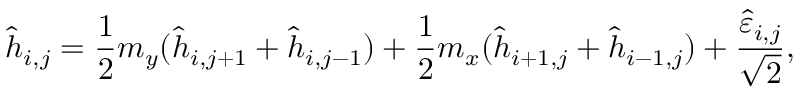
\hat { h } _ { i , j } = \frac { 1 } { 2 } m _ { y } ( \hat { h } _ { i , j + 1 } + \hat { h } _ { i , j - 1 } ) + \frac { 1 } { 2 } m _ { x } ( \hat { h } _ { i + 1 , j } + \hat { h } _ { i - 1 , j } ) + \frac { \hat { \varepsilon } _ { i , j } } { \sqrt { 2 } } ,